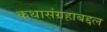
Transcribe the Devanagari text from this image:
कथासंग्रहाबद्दल